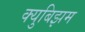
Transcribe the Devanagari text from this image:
क्युबिझम